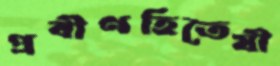
প্রবীণহিতৈষী